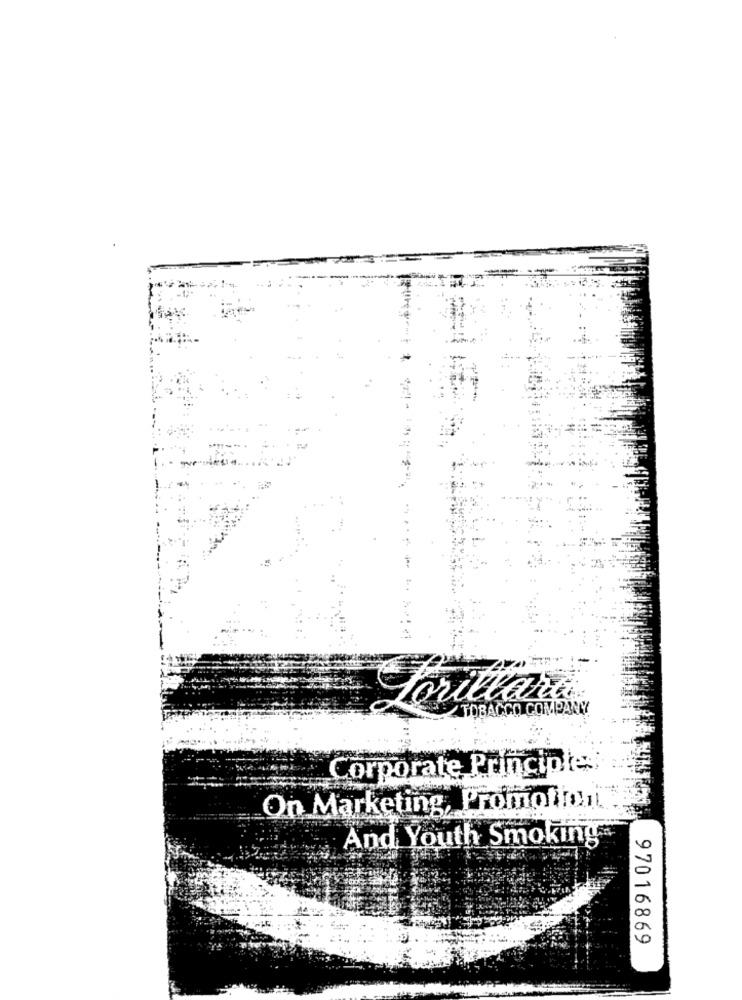
Forillara
TOBACCO COMPANY
Corporate Principle
On Marketing, Promotion
And Youth Smoking
97016869